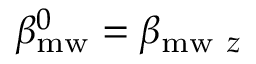
\beta _ { \mathrm { m w } } ^ { 0 } = \beta _ { \mathrm { m w } ~ z }